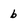
Character: b